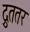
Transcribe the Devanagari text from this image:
द्रुततर